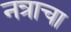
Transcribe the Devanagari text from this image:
नत्राचा